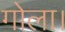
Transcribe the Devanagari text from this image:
गोला।